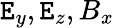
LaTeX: \mathtt{E}_{y},\mathtt{E}_{z},B_{x}